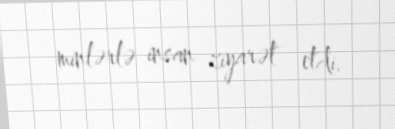
minlərlə insan ziyarət etdi.